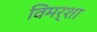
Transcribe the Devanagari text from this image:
विमर्शा